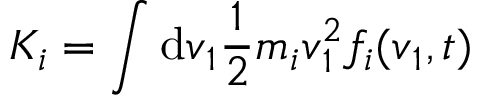
K _ { i } = \int \mathrm { d } \boldsymbol { v } _ { 1 } \frac { 1 } { 2 } m _ { i } \boldsymbol { v } _ { 1 } ^ { 2 } f _ { i } ( \boldsymbol { v } _ { 1 } , t )